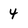
Character: 4